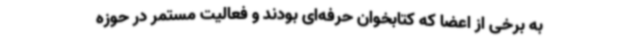
به برخی از اعضا که کتابخوان حرفه‌ای بودند و فعالیت مستمر در حوزه